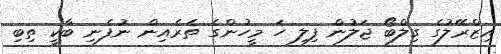
އިޒްރޭލުގެ ގިލްބޯ ޖަލުން ފިލި ހަ މީހުންގެ ތެރެއިން ނުފެނި ބާކީ ތިބި